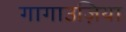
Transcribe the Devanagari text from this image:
गागाउज़िया